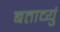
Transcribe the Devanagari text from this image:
बताव्युं